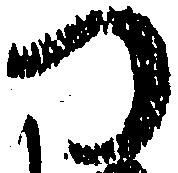
つ